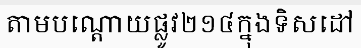
តាមបណ្តោយផ្លូវ២១៤ក្នុងទិសដៅ